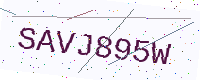
Text: SAVJ895W